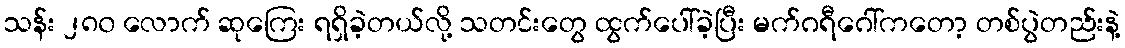
သန်း ၂၈၀ လောက် ဆုကြေး ရရှိခဲ့တယ်လို့ သတင်းတွေ ထွက်ပေါ်ခဲ့ပြီး မက်ဂရီဂေါ်ကတော့ တစ်ပွဲတည်းနဲ့